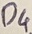
Text: D4